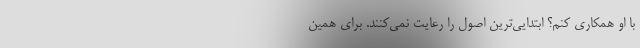
با او همکاری کنم؟ ابتدایی‌ترین اصول را رعایت نمی‌کنند. برای همین